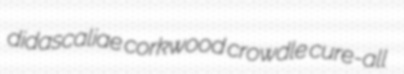
didascaliae corkwood crowdle cure-all